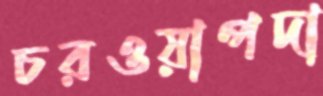
চরওয়াপদা